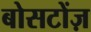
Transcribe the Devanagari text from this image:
बोसटोंज़